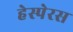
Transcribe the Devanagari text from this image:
हेस्पेरस